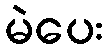
မဲပေး